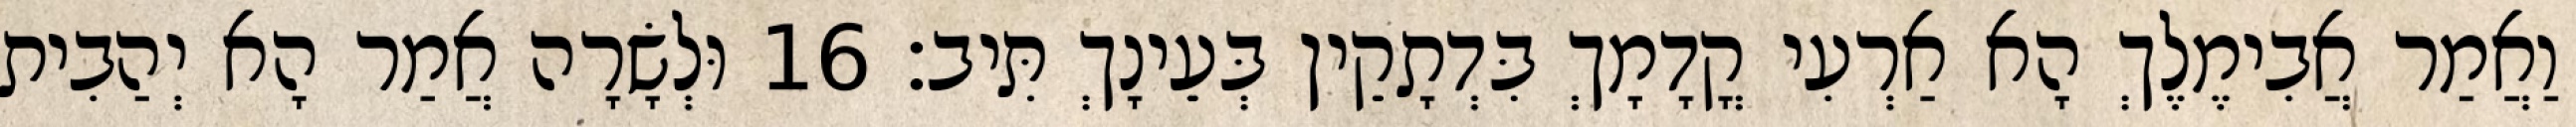
וַאֲמַר אֲבִימֶלֶךְ הָא אַרְעִי קֳדָמָךְ בִּדְתָקֵין בְּעֵינָךְ תִּיב׃ 16 וּלְשָׂרָה אֲמַר הָא יְהַבִית